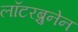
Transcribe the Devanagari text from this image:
लॉटरब्रुनेन